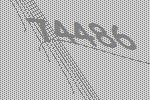
74486